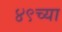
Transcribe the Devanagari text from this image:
४९च्या